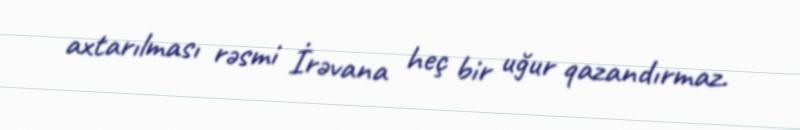
axtarılması rəsmi İrəvana heç bir uğur qazandırmaz.